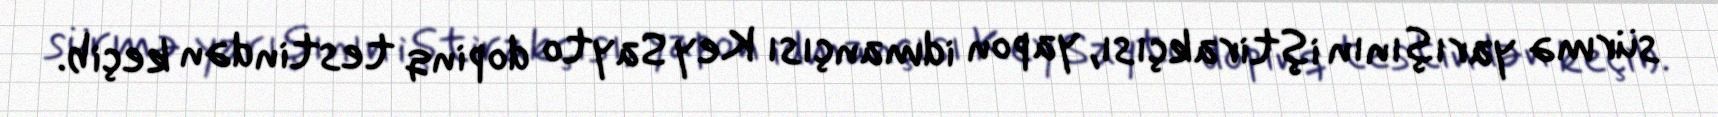
sürmə yarışının iştirakçısı, yapon idmançısı Key Sayto dopinq testindən keçib.